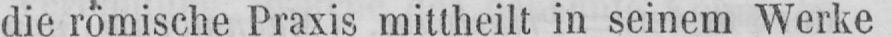
die römische Praxis mittheilt in seinem Werke